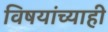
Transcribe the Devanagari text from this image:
विषयांच्याही